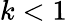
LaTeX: k<1